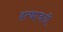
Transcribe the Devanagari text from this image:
हत्थाजडी